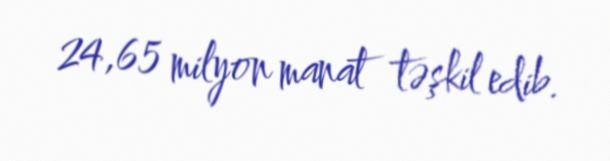
24,65 milyon manat təşkil edib.